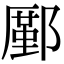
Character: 𨞋